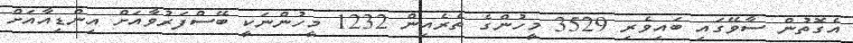
އެގޮތުން ސާވޭގައި ބައިވެރި 3529 މީހުންގެ ތެރެއިން 1232 މީހުންނަކީ ބޭސްފަރުވާއަށް އިންޑިއާއަށް